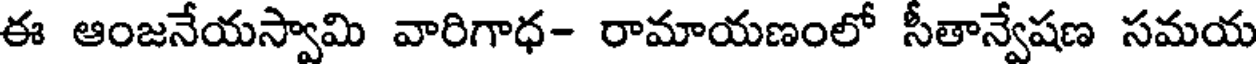
ఈ ఆంజనేయస్వామి వారిగాధ- రామాయణంలో సీతాన్వేషణ సమయ